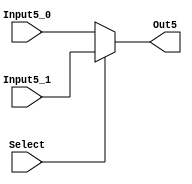
/*sinyal durumuna gre seme ilemi yapar.*/
module mux_5bit(Out5,Input5_0,Input5_1,Select);

input[4:0]Input5_0,Input5_1;
output [4:0]Out5;
input Select;

assign Out5=Select?Input5_1:Input5_0;

endmodule